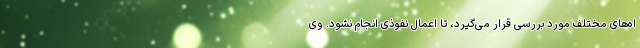
اه‌های مختلف مورد بررسی قرار می‌گیرد، تا اعمال نفوذی انجام نشود. وی